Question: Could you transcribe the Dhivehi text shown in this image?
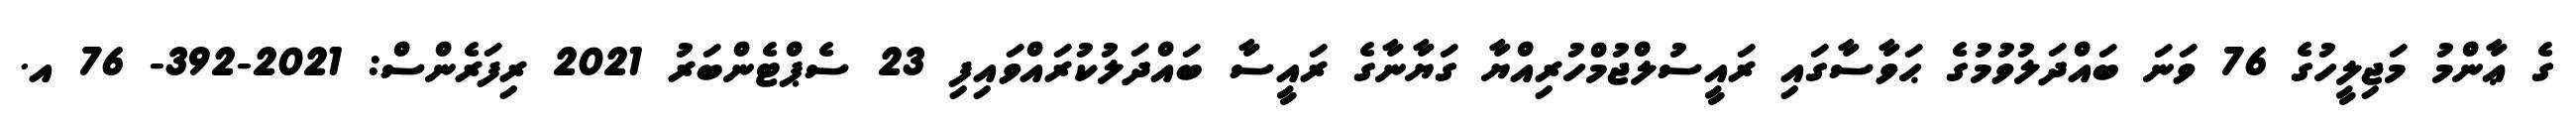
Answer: ގެ ޢާންމު މަޖިލީހުގެ 76 ވަނަ ބައްދަލުވުމުގެ ޙަވާސާގައި ރައީސުލްޖުމްހުރިއްޔާ ގަޔާނާގެ ރައީސާ ބައްދަލުކުރައްވައިފި 23 ސެޕްޓެންބަރު 2021 ރިފަރެންސް: 2021-392- 76 އ.